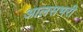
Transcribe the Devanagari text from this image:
आलसभरी